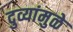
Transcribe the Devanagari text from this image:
दुव्यांमुळे